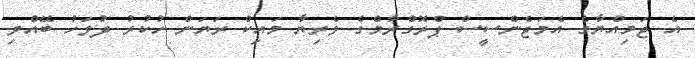
އެ ޖަމިއްޔާގެ އެމަޖެންސީސް ޕްރޮގްރާމްގެ ވެރިޔާ މައިކް ރަޔަން ހުކުރު ދުވަހު ބޭއްވި